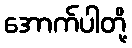
အောက်ပါတို့